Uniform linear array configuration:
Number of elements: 48
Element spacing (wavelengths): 0.5
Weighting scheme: exponential
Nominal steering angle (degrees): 0
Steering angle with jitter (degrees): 0.2721
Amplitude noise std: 0.05
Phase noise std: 0.05

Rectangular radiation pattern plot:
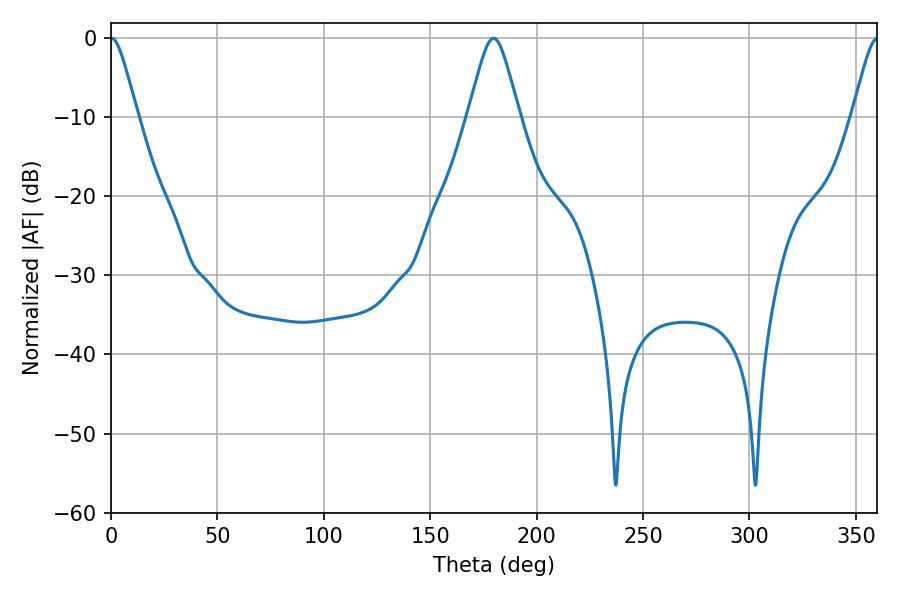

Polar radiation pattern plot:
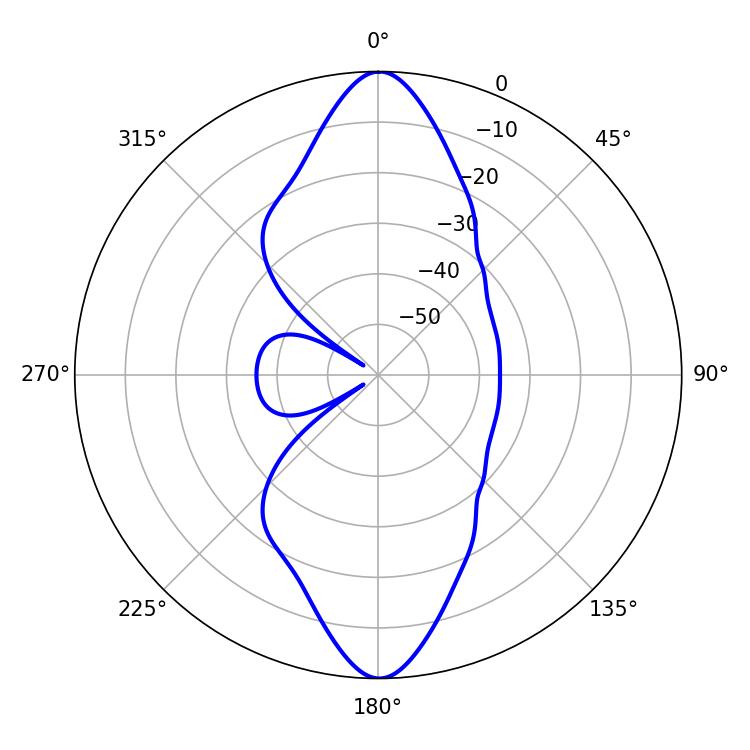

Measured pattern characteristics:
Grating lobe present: FALSE
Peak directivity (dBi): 34.804
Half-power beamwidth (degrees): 5.94
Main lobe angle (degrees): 0.18